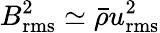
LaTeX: B_{\mathrm{rms}}^{2}\simeq{\bar{\rho}}u_{\mathrm{rms}}^{2}